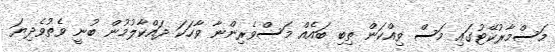
މަސްމާރުކޭޓުގައި މަސް ވިއްކަން ތިބި ބައެއް މަސްވެރިންނާ ވާހަކަ ދައްކާލުމުން ބުނީ ވެތުވެދިޔަ